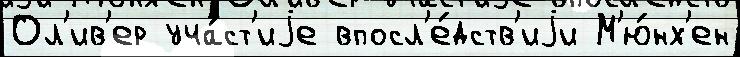
Ол'ив'ер уча́ст'иjе впосл'е́дств'иjи М'ю́нх'ен